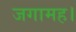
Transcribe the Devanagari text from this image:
जगामह।